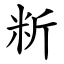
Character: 䉼